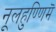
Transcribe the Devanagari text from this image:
नूलहुण्णिमॆ